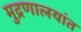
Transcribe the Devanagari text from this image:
मुद्रणालयांत